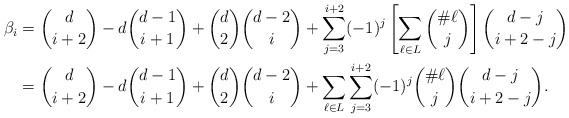
\begin{align*} \beta_i & = \binom{d}{i+2} - d \binom{d-1}{i+1} + \binom{d}{2} \binom{d-2}{i} + \sum_{j=3}^{i+2} (-1)^j \left [\sum_{\ell \in L} \binom{\# \ell}{j} \right ] \binom{d-j}{i+2-j} \\ & = \binom{d}{i+2} - d \binom{d-1}{i+1} + \binom{d}{2} \binom{d-2}{i} + \sum_{\ell \in L} \sum_{j = 3}^{i+2} (-1)^{j} \binom{\# \ell}{j} \binom{d -j}{i+2-j}. \end{align*}